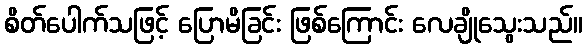
စိတ်ပေါက်သဖြင့် ပြောမိခြင်း ဖြစ်ကြောင်း လေချိုသွေးသည်။